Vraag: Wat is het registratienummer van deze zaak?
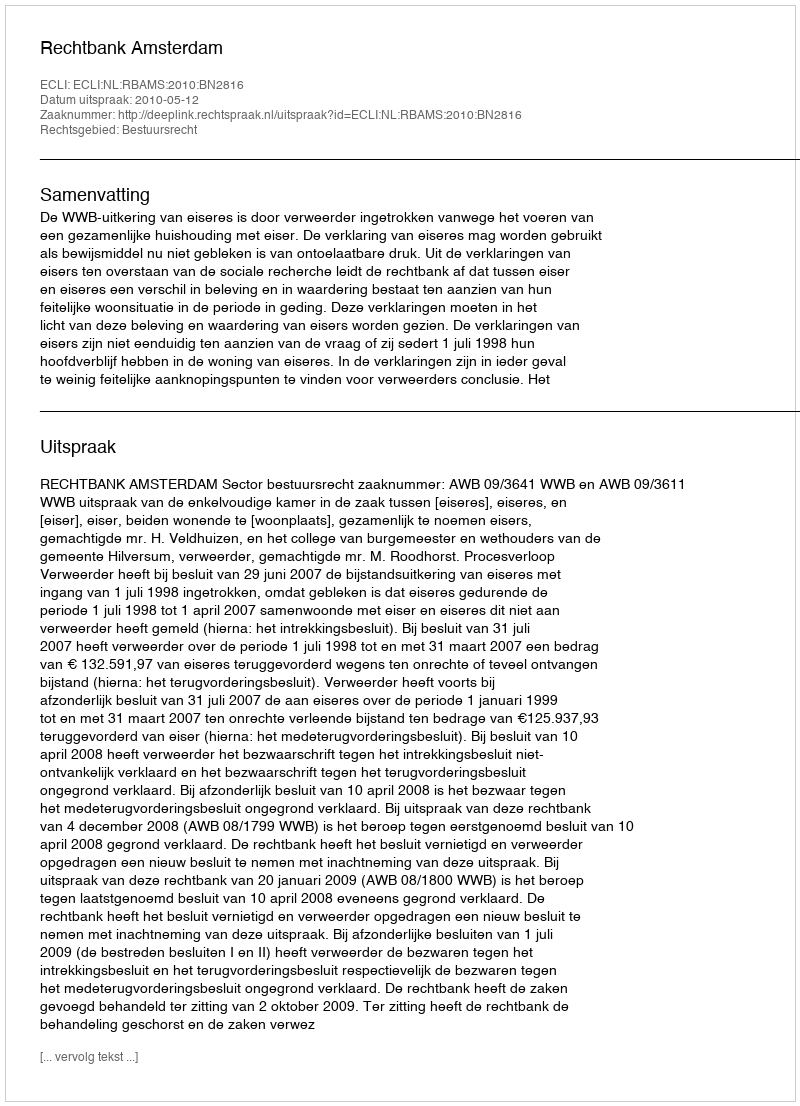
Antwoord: http://deeplink.rechtspraak.nl/uitspraak?id=ECLI:NL:RBAMS:2010:BN2816